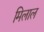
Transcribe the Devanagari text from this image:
मिलाल